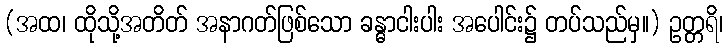
(အထ၊ ထိုသို့အတိတ် အနာဂတ်ဖြစ်သော ခန္ဓာငါးပါး အပေါင်း၌ တပ်သည်မှ။) ဥတ္တရိ၊